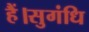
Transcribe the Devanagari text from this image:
हैं।सुगंधि